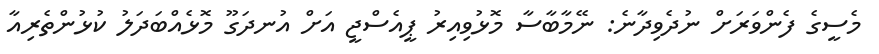
މެސީގެ ފެންވަރަށް ނުދެވިދާނެ: ނޭމާބާސާ މޮޅުވިއިރު ޕީއެސްޖީ އަށް އުނދަގޫ މޮޅެއްބަދަލު ކުޅުންތެރިއާ